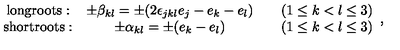
\begin{array} { c c c c } { \mathrm { l o n g r o o t s : } } & { \pm \beta _ { k l } = \pm ( 2 \epsilon _ { j k l } e _ { j } - e _ { k } - e _ { l } ) } & { } & { ( 1 \leq k < l \leq 3 ) } \\ { \mathrm { s h o r t r o o t s : } } & { \pm \alpha _ { k l } = \pm ( e _ { k } - e _ { l } ) } & { } & { ( 1 \leq k < l \leq 3 ) } \\ \end{array} ,